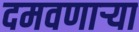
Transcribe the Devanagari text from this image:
दमवणाऱ्या